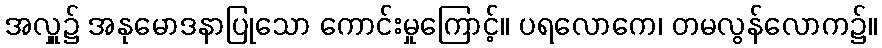
အလှူ၌ အနုမောဒနာပြုသော ကောင်းမှုကြောင့်။ ပရလောကေ၊ တမလွန်လောက၌။